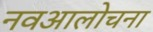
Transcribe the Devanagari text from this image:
नवआलोचना